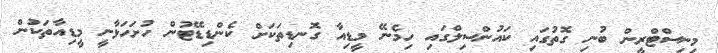
މިނިސްޓްރީން ބުނި ގޮތުގައި ކައުންސިލްގައި ހިމެނޭ މީޑިއާ ގޮނޑިތަކަށް ކެންޑިޑޭޓުން ހުށަހަޅާނީ މީޑިއާތަކުން